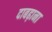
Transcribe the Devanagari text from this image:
दाबढ़ाना